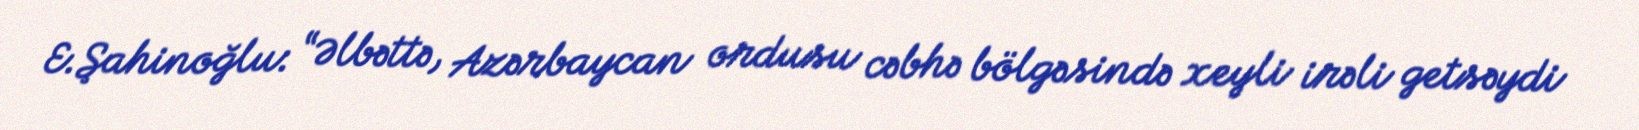
E.Şahinoğlu: “Əlbəttə, Azərbaycan ordusu cəbhə bölgəsində xeyli irəli getsəydi